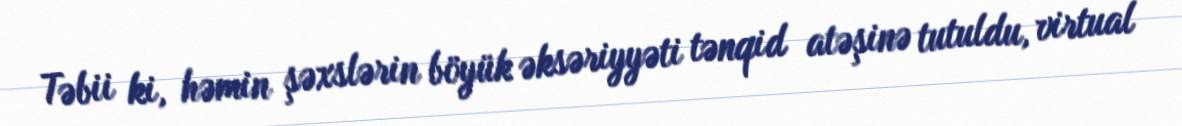
Təbii ki, həmin şəxslərin böyük əksəriyyəti tənqid atəşinə tutuldu, virtual